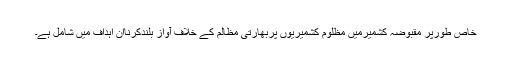
خاص طورپر مقبوضہ کشمیرمیں مظلوم کشمیریوں پربھارتی مظالم کے خلاف آواز بلندکرناان اہداف میں شامل ہے۔